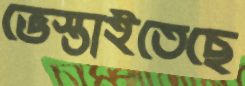
ভেস্তাইতেছে